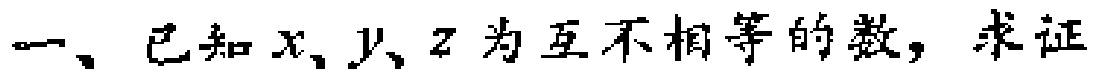
一、已知\(x、y、z\)为互不相等的数，求证